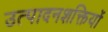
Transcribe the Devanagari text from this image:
उत्पादनशक्तियों